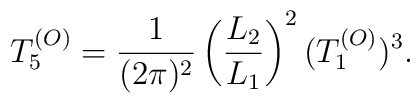
T_5^{(O)} = {1\over (2\pi)^2} \left({L_2\over L_1}\right)^2 (T_1^{(O)})^3.